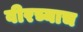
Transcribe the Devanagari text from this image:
वीरच्याच